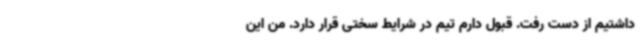
داشتیم از دست رفت. قبول دارم تیم در شرایط سختی قرار دارد. من این